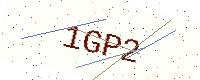
Text: 1GP2